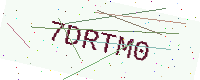
Text: 7DRTM0